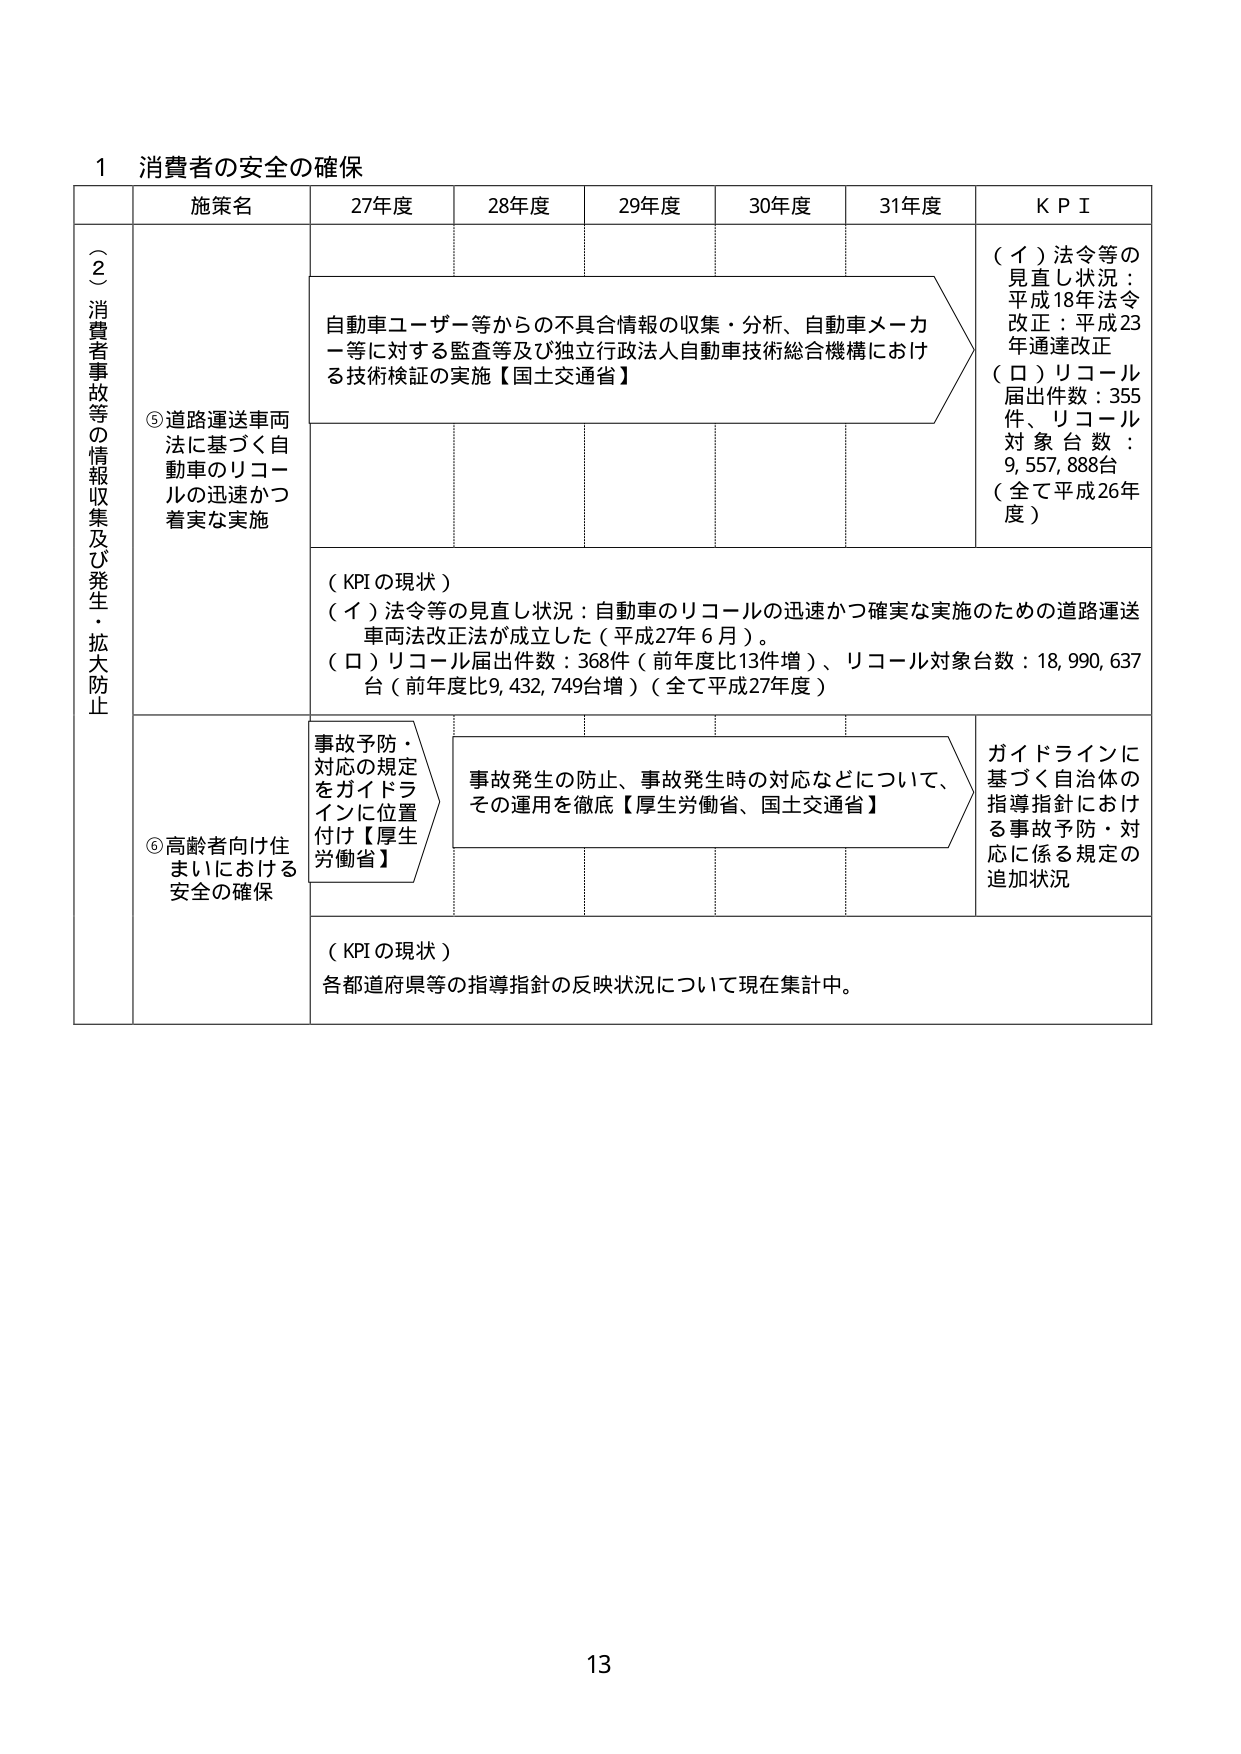
1 消費者の安全の確保

（２）消費者事故等の情報収集及び発生・拡大防止

施策名 27年度 28年度 29年度 30年度 31年度 KPI

⑤道路運送車両法に基づく自動車のリコールの迅速かつ着実な実施

自動車ユーザー等からの不具合情報の収集・分析、自動車メーカー等に対する監査等及び独立行政法人自動車技術総合機構における技術検証の実施【国土交通省】

（イ）法令等の見直し状況：平成18年法令改正：平成23年通達改正
（ロ）リコール届出件数：355件、リコール対象台数：9,557,888台（全て平成26年度）

（KPIの現状）
（イ）法令等の見直し状況：自動車のリコールの迅速かつ確実な実施のための道路運送車両法改正が成立した（平成27年6月）。
（ロ）リコール届出件数：368件（前年度比13件増）、リコール対象台数：18,990,637台（前年度比9,432,749台増）（全て平成27年度）

⑥高齢者向け住まいにおける安全の確保

事故予防・対応の規定をガイドラインに位置付け【厚生労働省】

事故発生の防止、事故発生時の対応などについて、その運用を徹底【厚生労働省、国土交通省】

ガイドラインに基づく自治体の指導指針における事故予防・対応に係る規定の追加状況

（KPIの現状）
各都道府県等の指導指針の反映状況について現在集計中。

13